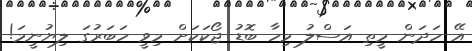
އޭ ހަދަން މީތި އަސްލު މިހާ ބޮޑު ޖޯކަކަށް މިވީ ހަބަރުގަ ލިޔުނީމަ!